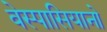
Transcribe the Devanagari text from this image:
वेस्पासियानो